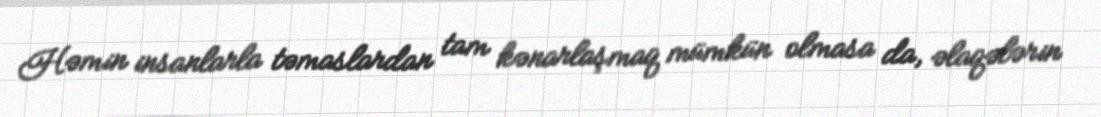
Həmin insanlarla təmaslardan tam kənarlaşmaq mümkün olmasa da, əlaqələrin